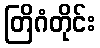
တြိဂံတိုင်း